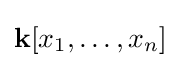
\mathbf {k} [x_{1},\ldots ,x_{n}]